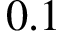
0 . 1